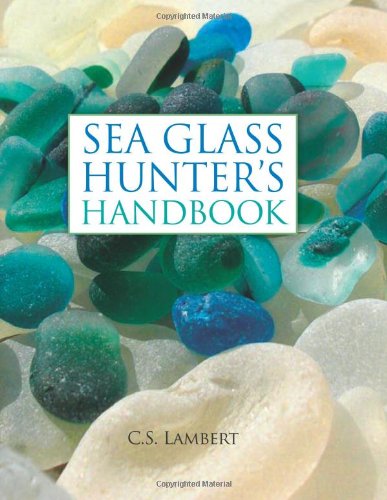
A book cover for Sea Glass Hunter's Handbook; C. S. Lambert; Crafts, Hobbies & Home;